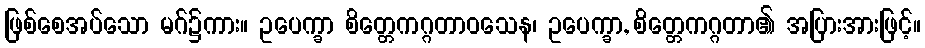
ဖြစ်စေအပ်သော မဂ်၌ကား။ ဥပေက္ခာ စိတ္တေကဂ္ဂတာဝသေန၊ ဥပေက္ခာ, စိတ္တေကဂ္ဂတာ၏ အပြားအားဖြင့်။